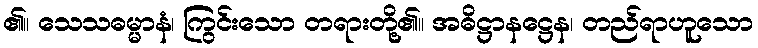
၏။ သေသဓမ္မာနံ၊ ကြွင်းသော တရားတို့၏။ အဓိဋ္ဌာနဋ္ဌေန၊ တည်ရာဟူသော